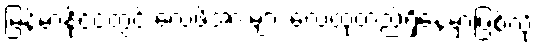
မြန်မာနိုင်ငံတွင် လေဖိအားများ လေထုတည်ရှိနေမှာဖြစ်လို့